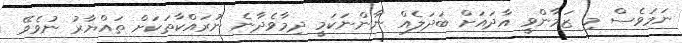
ނަމަވެސް މި ޒަމާންވީ އާދައަށް ބަދަލެއް ނާންނަކަމީ ދިމާވެދާނެ ނުރައްކާތަކަށް ތައްޔާރު ނުވެވޭ